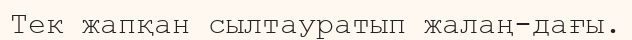
Тек жапқан сылтауратып жалаң-дағы.